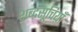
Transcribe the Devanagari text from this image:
शब्दसूचिय़ाँ